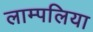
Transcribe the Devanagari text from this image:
लाम्पलिया